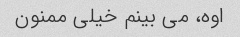
اوه، می بینم خیلی ممنون